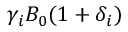
\gamma _ { i } B _ { 0 } ( 1 + \delta _ { i } )